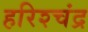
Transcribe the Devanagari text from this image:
हरिश्‍चंद्र